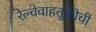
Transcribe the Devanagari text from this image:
रेल्वेवाहतूकीची